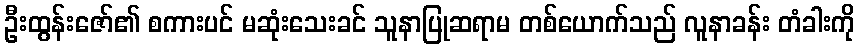
ဦးထွန်းဇော်၏ စကားပင် မဆုံးသေးခင် သူနာပြုဆရာမ တစ်ယောက်သည် လူနာခန်း တံခါးကို